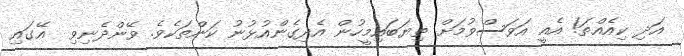
އަދި ކިއެއްތަ! އެއީ އަވަސްވުމަށް ތިޔަބައިމީހުން އެދިގެންއުޅުނު ކަންތަކެވެ. ވޭންދެނިވި  އޭގައި